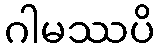
ဂါမဿပိ